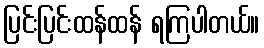
ပြင်းပြင်းထန်ထန် ရကြပါတယ်။